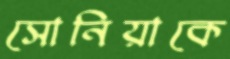
সোনিয়াকে